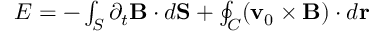
\begin{array} { r } { { \cal E } = - \int _ { S } \partial _ { t } { \bf B } \cdot d { \bf S } + \oint _ { C } ( { \bf v } _ { 0 } \times { \bf B } ) \cdot d { \bf r } } \end{array}